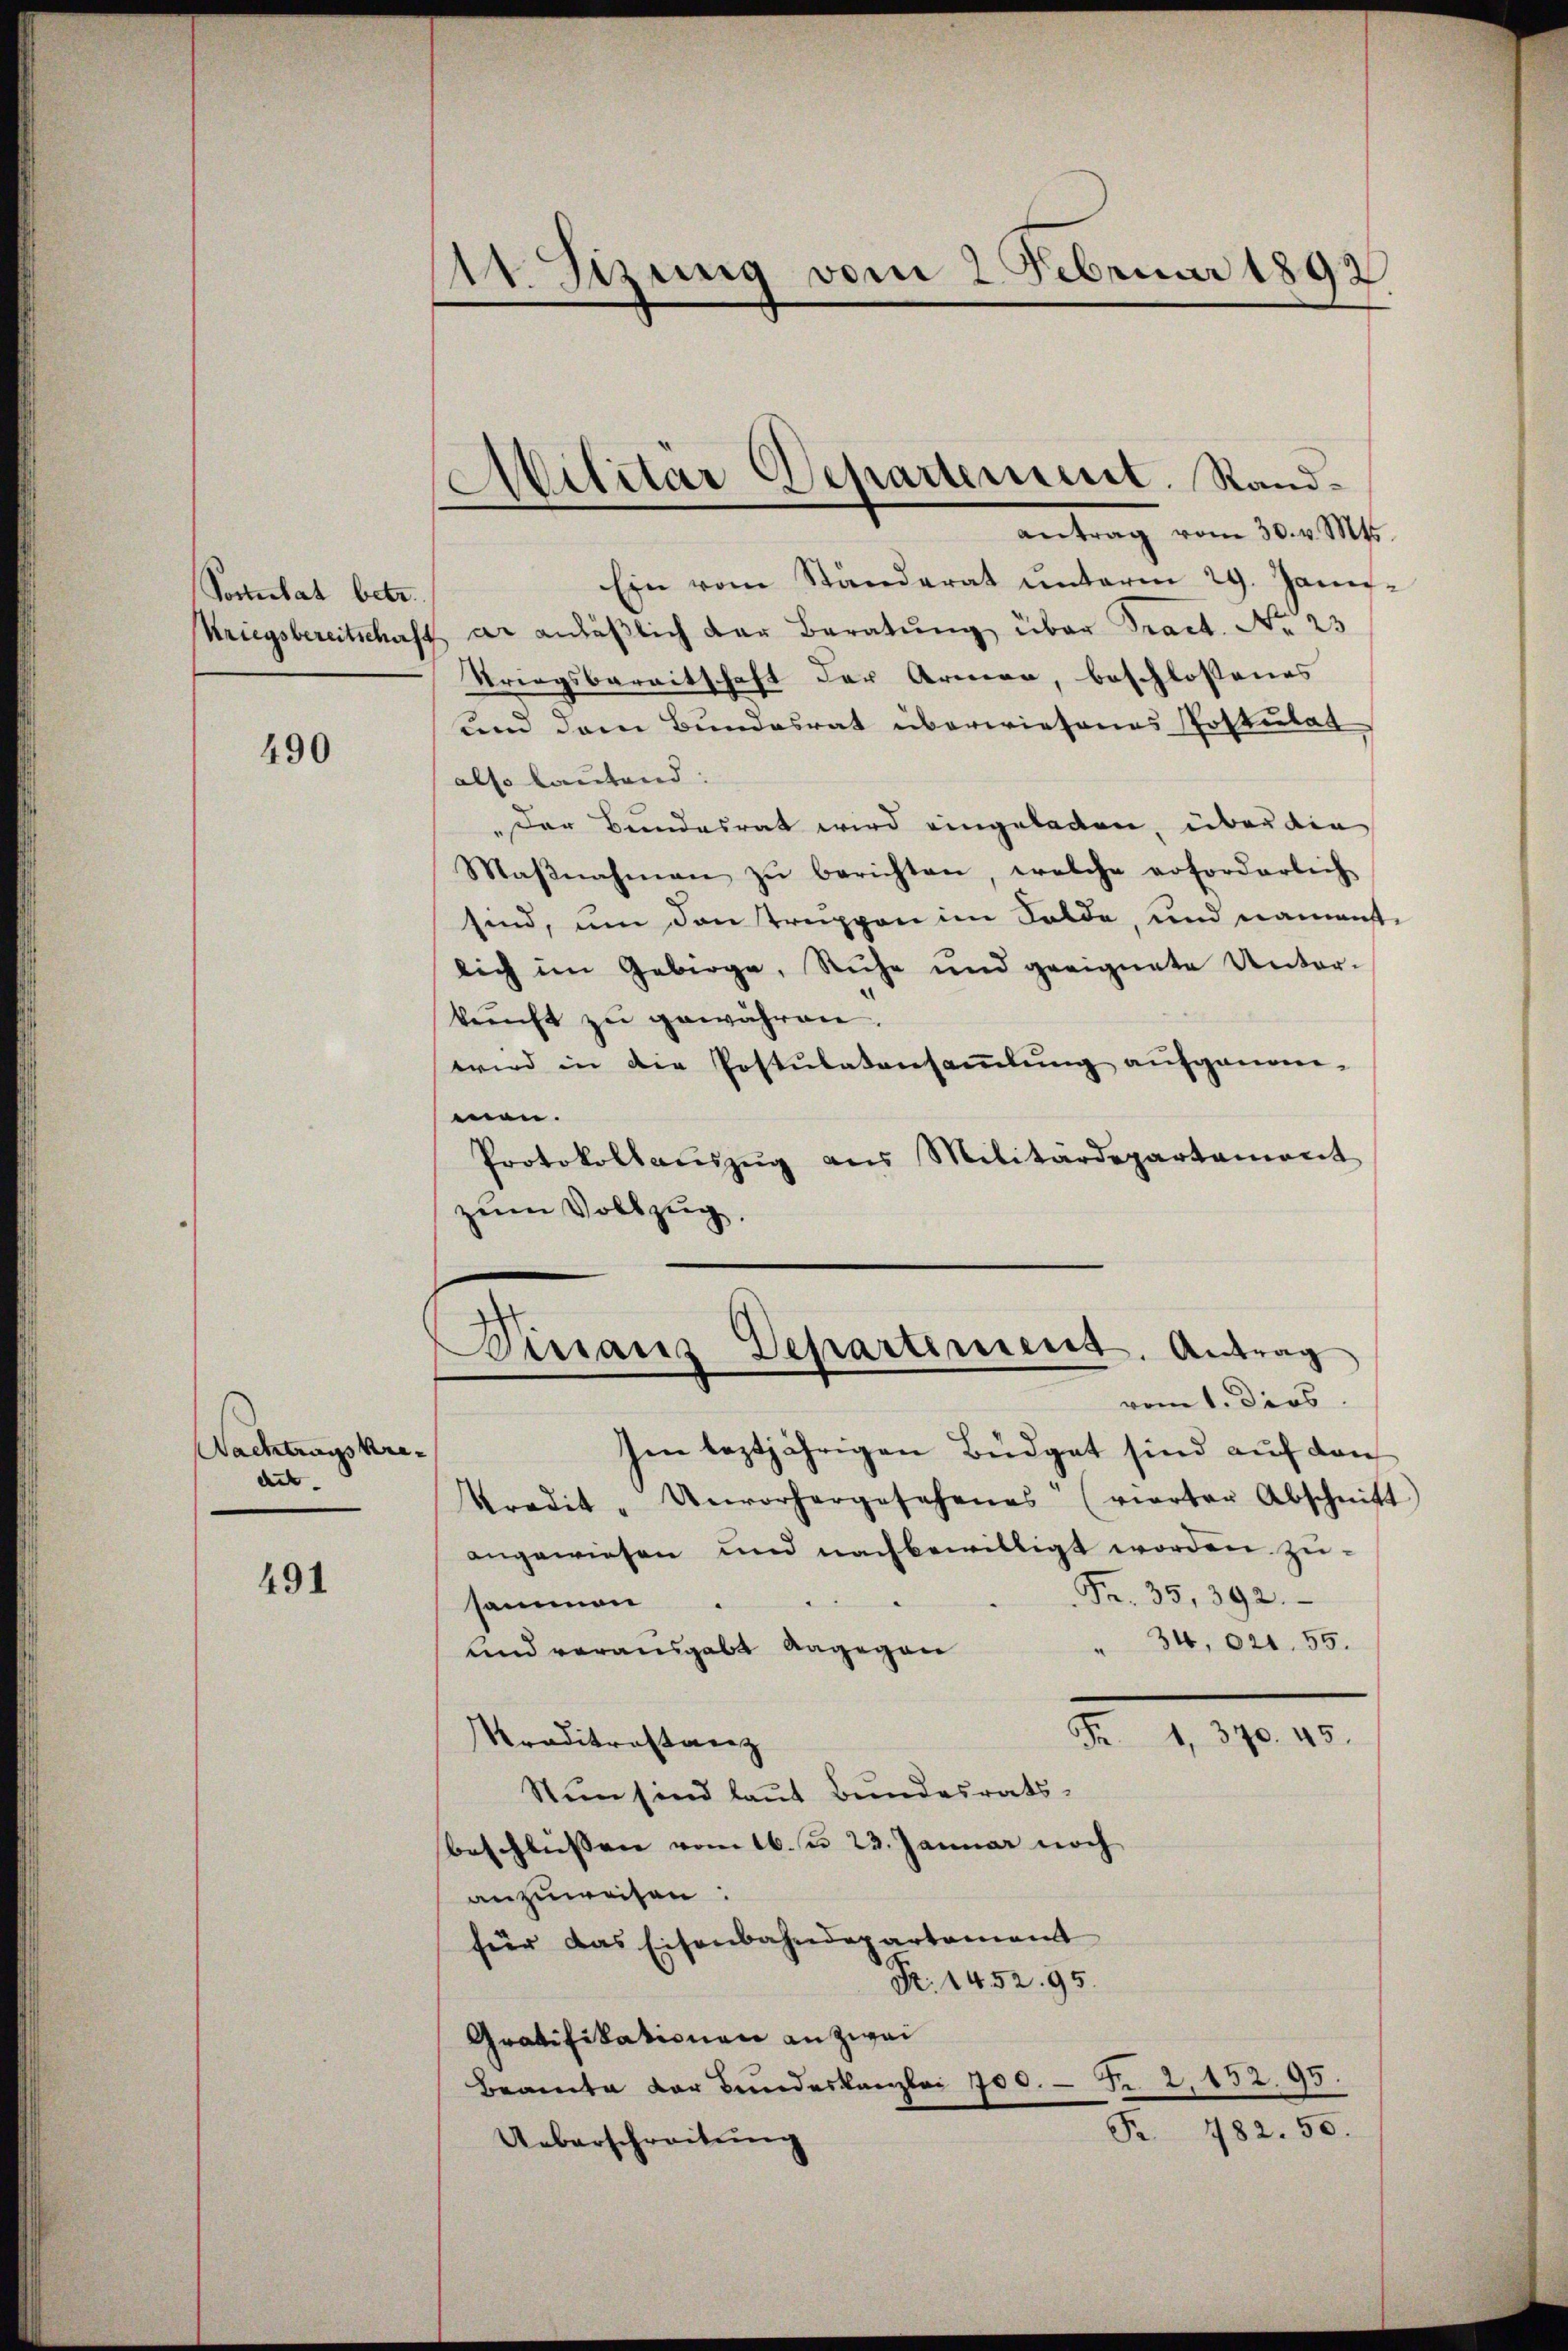
Sortestat betr.

490

Nachtragskre-
det. |

491

¬
r. Sizung vom 2. Februar 1892

Ein vom Standerat ŭnterm 29. Janu
Kriegsbereitschaft er anläβlich der Beratŭng über Tract. No. 23
Striegsbereitschaft der Armen, beschlossenes
und dem Bundesrat überwiesenes Postulat
also lautend:
Der Bundesrat wird eingeladen, über die
Maβnahmen zŭ berichten, welche erforderlich
sind, um den truppen im Solde, und namenste
lich im Gebirge, Ruhe und geeignete Unter-
kunft zu gewähren.
wird in die Postulatensammlung aufgenom-
men.
Protokollaŭszŭg ans Militärdepartement
zum Vollzug.

Ailitär Departement. Randantrag vom 30. v. Mts.

Im leztjährigen Büdget sind auf den
kredit- Unvorhergesehenes (vierter Abschnitt
angewiesen und nachbewilligt worden zu¬
Fr. 35, 392.
sammen
" 34,021. 55.
und vorausgabt dagegen
2
1, 370. 45.
Traditanstanz
Nun sind laut Bundesrats-
beschliessen vom 16. u. 23. Januar noch
anzuweisen:
für das Eisenbahndepartament
Fr. 1452. 95.
Gratifikationen an zwei
Beamte der Bundeskanzlei 700. - Nr. 2, 152. 95.
Pr. 482. 50.
Ueberschreitung

Dinaus Departiment. Antrag
vom 1. Dies